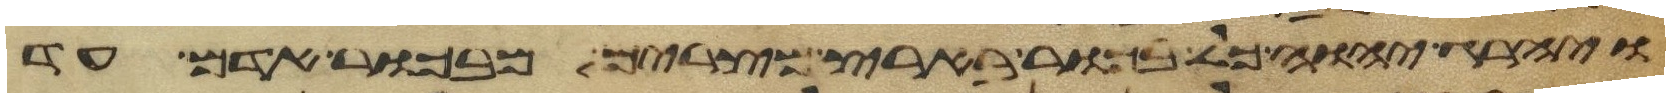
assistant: ויהרג יהוה כל בכור בארץ מצרים מבכור אדם עד